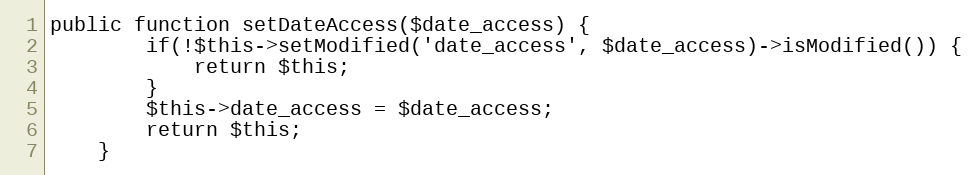
Language: PHP
public function setDateAccess($date_access) {
        if(!$this->setModified('date_access', $date_access)->isModified()) {
            return $this;
        }
		$this->date_access = $date_access;
		return $this;
    }